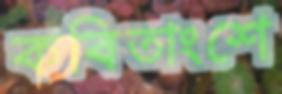
কবিতাংশে